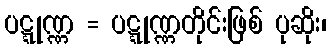
ပဋ္ဋုဏ္ဏ = ပဋ္ဋုဏ္ဏတိုင်းဖြစ် ပုဆိုး၊